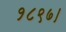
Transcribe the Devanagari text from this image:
१८९७।